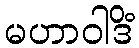
မဟာဝါဒိံ